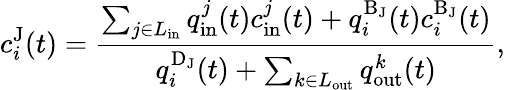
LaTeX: c_{i}^{\mathrm{J}}(t)=\frac{\sum_{j\in L_{\mathrm{in}}}q_{\mathrm{in}}^{j}(t)c_{\mathrm{in}}^{j}(t)+q_{i}^{\mathrm{B_{\mathrm{J}}}}(t)c_{i}^{\mathrm{B_{\mathrm{J}}}}(t)}{q_{i}^{\mathrm{D}_{\mathrm{J}}}(t)+\sum_{k\in L_{\mathrm{out}}}q_{\mathrm{out}}^{k}(t)},